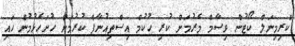
ކްރިމިނަލް ކޯޓުން ވިސާމް މެރުމަށް ކުރި ހުކުމް އިސްތިއުނާފް ކުރުމަށް ހުށަހެޅުމުން ހައި